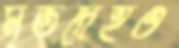
মৃতদেহও